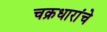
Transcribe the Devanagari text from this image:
चक्रधारांचे